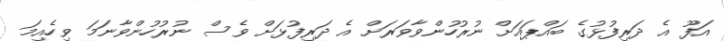
އަފޫ އެ ދަރިފުޅުގެ ބައްޕައަށް ނުރުހުންވާވަރަށް އެ ދަރިފުޅަށް ވެސް ނުރުހުންވާނަމަ ވިހެއިމަ